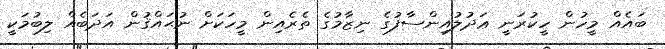
ބައެއް މީހުން ހީކުރަނީ ޢަދުލުއިންސާފުގެ ނިޒާމުގެ ތެރެއިން މީހަކަށް ނުޙައްޤުން އަދަބެއް ލިބުމަކީ